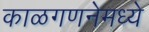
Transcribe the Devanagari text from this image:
काळगणनेमध्ये